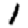
Digit: 1